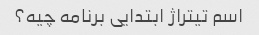
اسم تیتراژ ابتدایی برنامه چیه؟